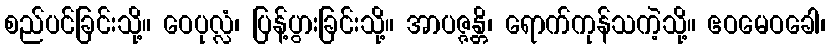
စည်ပင်ခြင်းသို့။ ဝေပုလ္လံ၊ ပြန့်ပွားခြင်းသို့။ အာပဇ္ဇန္တိ၊ ရောက်ကုန်သကဲ့သို့။ ဧဝမေဝခေါ၊